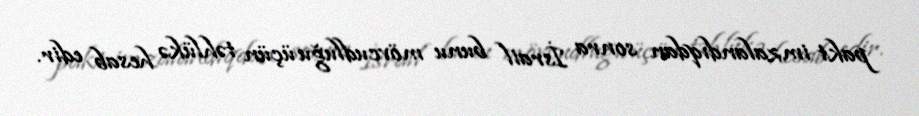
pakt imzalandıqdan sonra İsrail bunu mövcudluğu üçün təhlükə hesab edir.